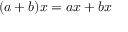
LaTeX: ( a + b ) x = a x + b x